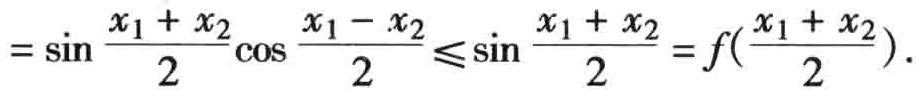
$=\sin \frac{x_{1}+x_{2}}{2}\cos \frac{x_{1}-x_{2}}{2}\leqslant\sin \frac{x_{1}+x_{2}}{2}=f(\frac{x_{1}+x_{2}}{2}).$